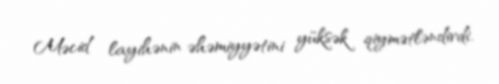
Məcid layihənin əhəmiyyətini yüksək qiymətləndirdi.